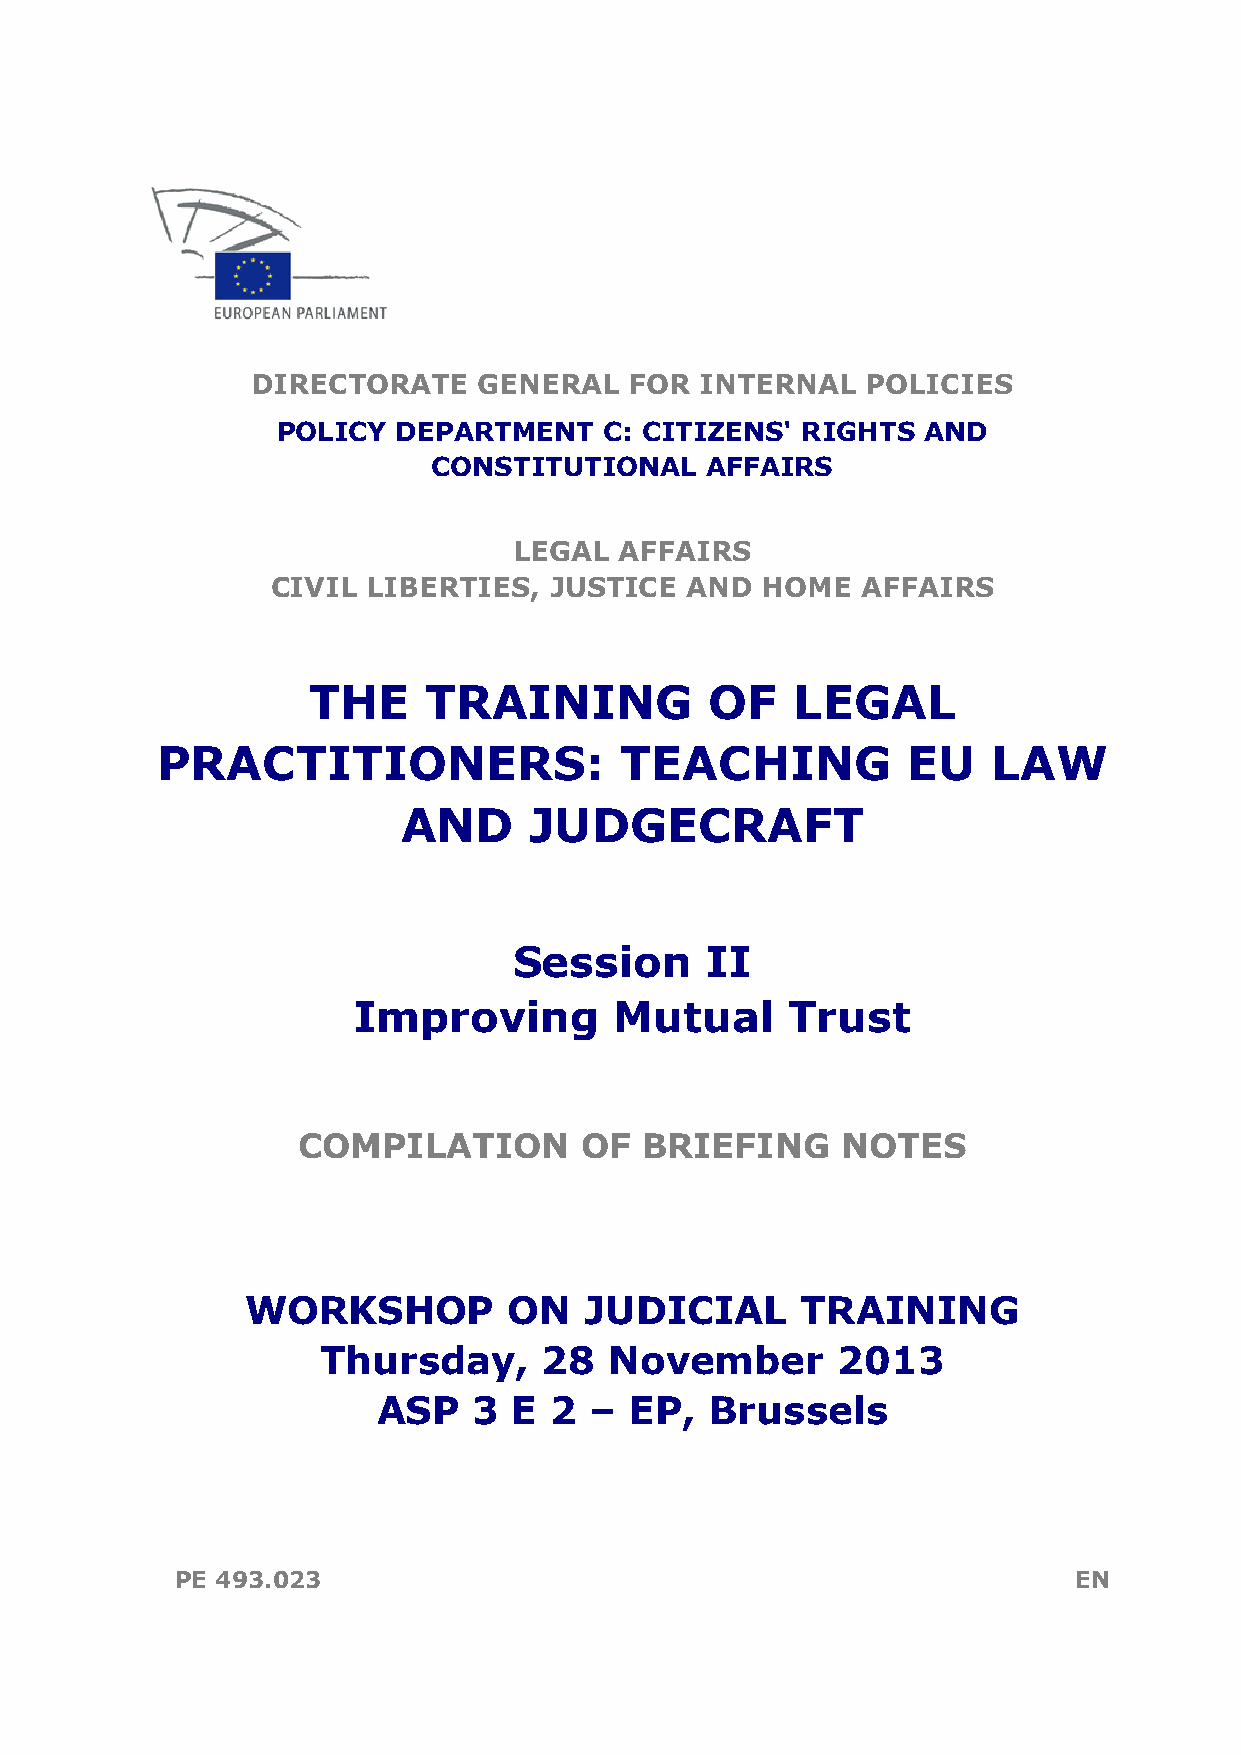
DIRECTORATE    GENERAL   FOR INTERNAL   POLICIES
 POLICY  DEPARTMENT    C: CITIZENS' RIGHTS  AND
 CONSTITUTIONAL    AFFAIRS
 LEGAL  AFFAIRS
 CIVIL LIBERTIES,  JUSTICE  AND  HOME   AFFAIRS
 THE     TRAINING           OF   LEGAL
 PRACTITIONERS:                 TEACHING           EU    LAW
 AND     JUDGECRAFT
 Session      II
 Improving         Mutual     Trust
 COMPILATION       OF  BRIEFING      NOTES
 WORKSHOP          ON   JUDICIAL      TRAINING
 Thursday,      28  November       2013
 ASP   3  E 2  –  EP,  Brussels
 PE 493.023                                                 EN